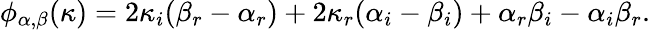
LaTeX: \phi_{\alpha,\beta}(\kappa)=2\kappa_{i}(\beta_{r}-\alpha_{r})+2\kappa_{r}(\alpha_{i}-\beta_{i})+\alpha_{r}\beta_{i}-\alpha_{i}\beta_{r}.